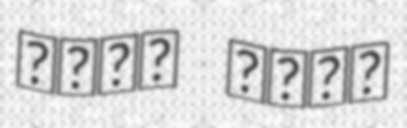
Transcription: نجمہ افضل